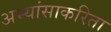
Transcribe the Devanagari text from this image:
अभ्यांसाकरिता